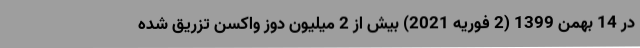
در 14 بهمن 1399 (2 فوریه 2021) بیش از 2 میلیون دوز واکسن تزریق شده